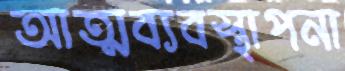
আত্মব্যবস্থাপনা